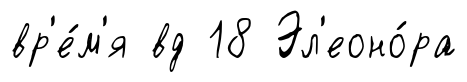
вр'е́м'я вд 18 Эл'еоно́ра